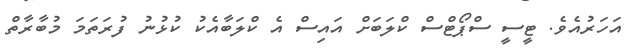
އަހަރުއެވެ. ޓީސީ ސްޕޯޓްސް ކްލަބަށް އައިސް އެ ކްލަބާއެކު ކުޅުނު ފުރަތަމަ މުބާރާތް